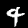
Label: 4